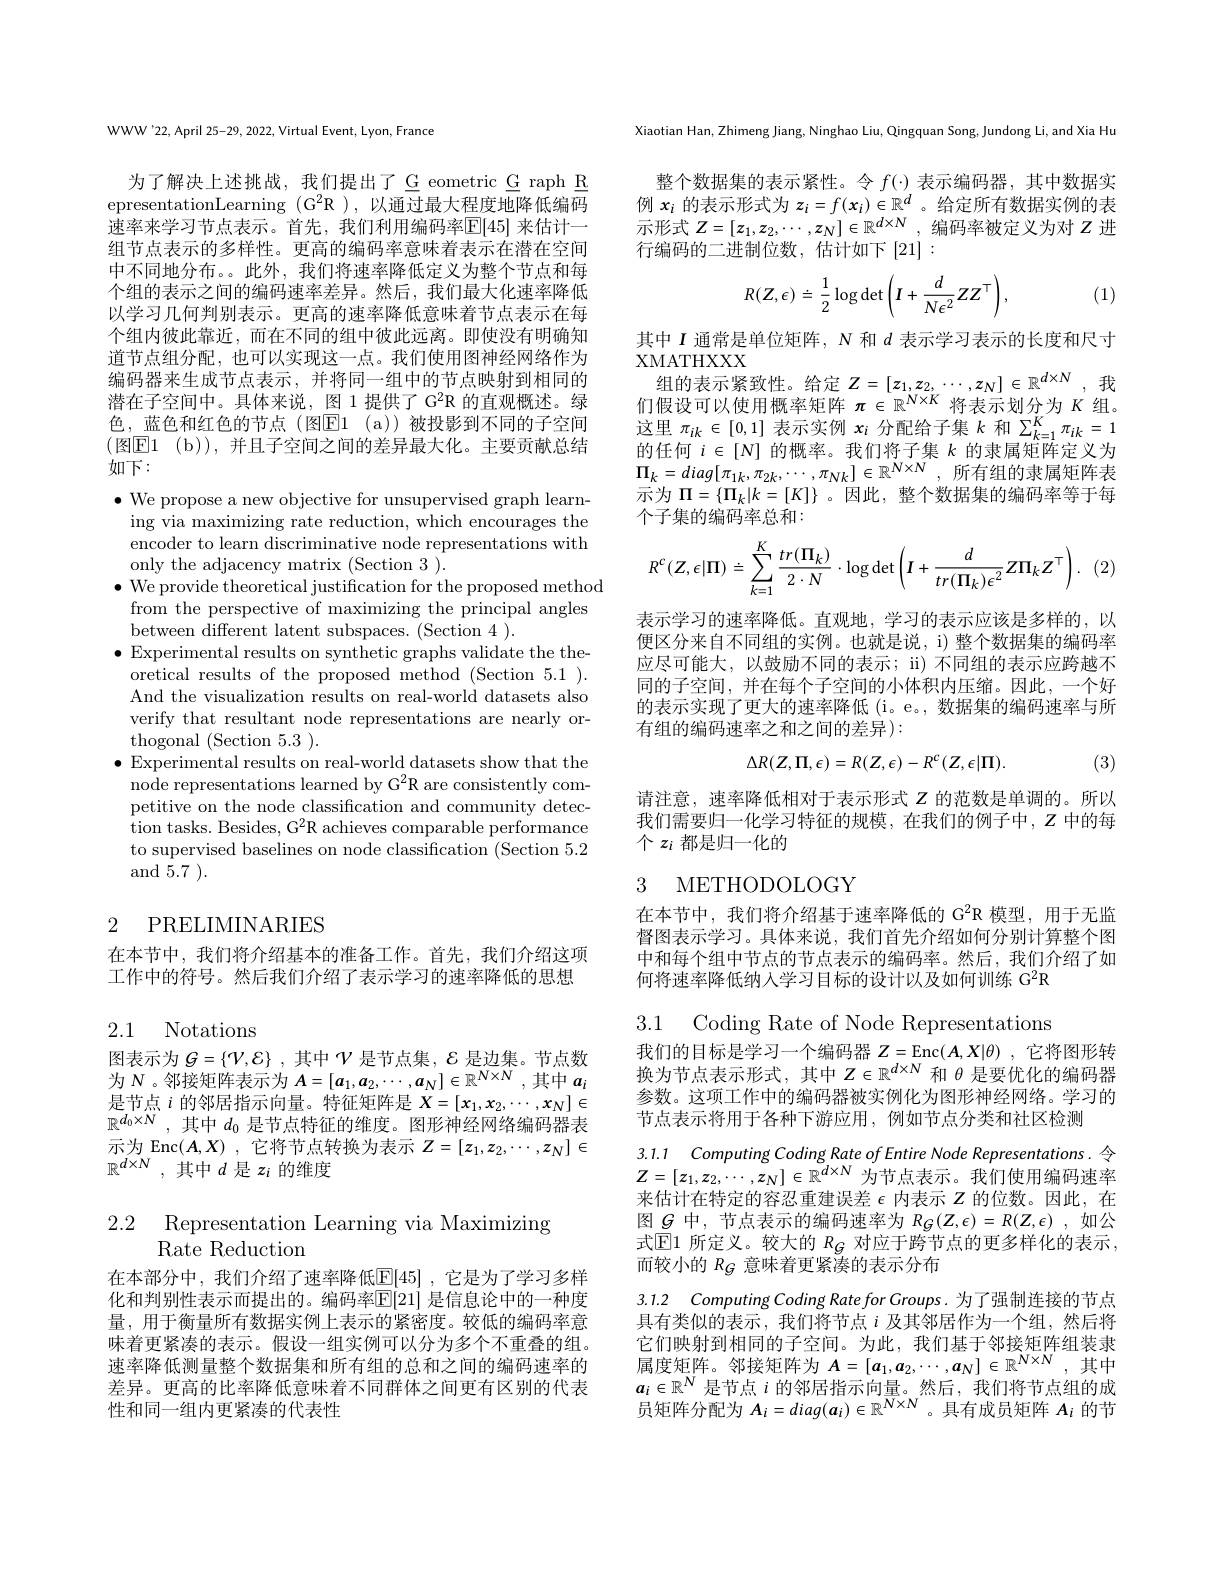
WWW'22,April 25-29, 2022, Virtual Event, Lyon, France

为了解决上述挑战，我们提出了Geometric G raph R epresentationLearning $(G^2$R ),以通过最大程度地降低编码速率来学习节点表示。首先，我们利用编码率$\mathbb{E}[45]$ 来估计一组节点表示的多样性。更高的编码率意味着表示在潜在空间中不同地分布。。此外，我们将速率降低定义为整个节点和每个组的表示之间的编码速率差异。然后，我们最大化速率降低以学习几何判别表示。更高的速率降低意味着节点表示在每个组内彼此靠近，而在不同的组中彼此远离。即使没有明确知道节点组分配，也可以实现这一点。我们使用图神经网络作为编码器来生成节点表示，并将同一组中的节点映射到相同的潜在子空间中。具体来说，图 1 提供了 G$^2$R 的直观概述。绿色，蓝色和红色的节点(图$\overline {\mathrm{E} }1$ ( a) )被投影到不同的子空间(图E1 (b)),并且子空间之间的差异最大化。主要贡献总结如下：

$\bullet$ We propose a new objective for unsupervised graph learn-
ing via maximizing rate reduction, which encourages the encoder to learn discriminative node representations with only the adjacency matrix (Section 3 ).
$\bullet$ We provide theoretical justification for the proposed method
from the perspective of maximizing the principal angles
between different latent subspaces. (Section 4 ).
$\bullet$ Experimental results on synthetic graphs validate the the-
oretical results of the proposed method (Section 5.1 ). And the visualization results on real-world datasets also verify that resultant node representations are nearly orthogonal (Section 5.3 ).
$\bullet$ Experimental results on real-world datasets show that the
node representations learned by G$^2$R are consistently competitive on the node classification and community detection tasks. Besides, G$^2$R achieves comparable performance to supervised baselines on node classification (Section 5.2 and 5.7 ).

## 2 PRELIMINARIES

在本节中，我们将介绍基本的准备工作。首先，我们介绍这项工作中的符号。然后我们介绍了表示学习的速率降低的思想

2.1 Notations

图 表 示 为 $G= \{ \mathcal{V} , \mathcal{E} \}$ , 其 中 $\mathcal{V}$ 是 节 点 集 , $\mathcal{E}$ 是 边 集 。节 点 数 为 $N$ 。邻 接 矩 阵 表 示 为 $A= [ a_{1}, a_{2}, \cdots , a_{N}] \in \mathbb{R} ^{N\times N}$,其 中 $a_{i}$ $\begin{array}{l}\text{是节点 }i\text{ 的邻居指示向量。特征矩阵是 }X=[x_1,x_2,\cdots,x_N]\in\\\mathbb{R}^{d_0\times N},\text{ 其中 }d_0\text{ 是节点特征的维度。图形神经网络编码器表}\end{array}$ 示 为 Enc$( A, X)$ , 它 将 节 点 转 换 为 表 示 $Z= [ z_{1}, z_{2}, \cdots , z_{N}] \in$ $\mathbb{R} ^{d\times N}$ , 其 中 $d$ 是 $z_{i}$ 的 维 度

2.2 Representation Learning via Maximizing
Rate Reduction

在本部分中，我们介绍了速率降低$\overline{\mathbb{E}}[45]$ ,它是为了学习多样化和判别性表示而提出的。编码率$\mathbb{E}[21]$ 是信息论中的一种度量，用于衡量所有数据实例上表示的紧密度。较低的编码率意味着更紧凑的表示。假设一组实例可以分为多个不重叠的组。速率降低测量整个数据集和所有组的总和之间的编码速率的差异。更高的比率降低意味着不同群体之间更有区别的代表性和同一组内更紧凑的代表性

Xiaotian Han, Zhimeng Jiang, Ninghao Liu, Qingquan Song, Jundong Li, and Xia Hu

整个数据集的表示紧性。令$f(\cdot)$表示编码器，其中数据实例 $x_{i}$ 的 表 示 形 式 为 $z_{i}= f( x_{i}) \in \mathbb{R} ^{d}$。给 定 所 有 数 据 实 例 的 表 示 形 式 $Z= [ z_{1}, z_{2}, \cdots , z_{N}] \in \mathbb{R} ^{d\times N}$, 编 码 率 被 定 义 为 对 $Z$ 进行编码的二进制位数，估计如下[21]:
$$R(Z,\epsilon)\doteq\frac{1}{2}\log\det\left(I+\frac{d}{N\epsilon^{2}}ZZ^{\top}\right),$$
(1)

其中$I$通常是单位矩阵，$N$和$d$表示学习表示的长度和尺寸
XMATHXXX
$\begin{array}{c}\text{组的表示紧致性。给定 }Z=[z_1,z_2,\cdots,z_N]\in\mathbb{R}^{d\times N},&\text{我}\\\text{们假设可以使用概率矩阵}\pi\in\mathbb{R}^{N\times K}\text{将表示划分为}K&\text{组。}\end{array}$

这里$\pi_ik\in[0,1]$表示实例$x_i$分配给子集$k$和$\sum_k=1^K\pi_{ik}=1$ 的 任 何 $i\in [ N]$ 的 概 率 。我 们 将 子 集 $k$ 的 隶 属 矩 阵 定 义 为 $\Pi _{k}= diag[ \pi _{1k}, \pi _{2k}, \cdots , \pi _{Nk}] \in \mathbb{R} ^{N\times N}$,所 有 组 的 隶 属 矩 阵 表 一 一 $u_{1}- v_{2}- ( w_{1}- w_{2}) + w_{2}- w_{2}- w_{2}- w_{2}- w_{2}- w_{2}- w_{2}- w_{2}- w_{2}- w_{2}- w_{2}- w_{2}- w_{2}- w_{2}- w_{2}- w_{2}- w_{2}w_{2}- w_{2}- w_{2}- w$ 示为$\Pi=\{\Pi_{k}|k=[K]\}$ 。因此，整个数据集的编码率等于每个子集的编码率总和：
$$R^c(Z,\epsilon|\Pi)\doteq\sum\limits_{k=1}^K\frac{tr(\Pi_k)}{2\cdot N}\cdot\log\det\left(I+\frac{d}{tr(\Pi_k)\epsilon^2}Z\Pi_kZ^\top\right).$$
(2

表示学习的速率降低。直观地，学习的表示应该是多样的，以便区分来自不同组的实例。也就是说，i) 整个数据集的编码率应尽可能大，以鼓励不同的表示；ii) 不同组的表示应跨越不同的子空间，并在每个子空间的小体积内压缩。因此，一个好的表示实现了更大的速率降低 (i。e。, 数据集的编码速率与所有组的编码速率之和之间的差异):
$$\Delta R(Z,\Pi,\epsilon)=R(Z,\epsilon)-R^{c}(Z,\epsilon|\Pi).$$
(3)

请注意，速率降低相对于表示形式$Z$的范数是单调的。所以我们需要归一化学习特征的规模，在我们的例子中，$Z$中的每个$z_i$都是归一化的

# 3 METHODOLOGY

在本节中，我们将介绍基于速率降低的 G$^{2}$R 模型，用于无监督图表示学习。具体来说，我们首先介绍如何分别计算整个图中和每个组中节点的节点表示的编码率。然后，我们介绍了如何将速率降低纳人学习目标的设计以及如何训练 G$^{2}$R

3.1 Coding Rate of Node Representations

我们的目标是学习一个编码器$Z=\operatorname{Enc}(\boldsymbol{A},\boldsymbol{X}|\theta)$ ,它将图形转换为节点表示形式，其中$Z\in\mathbb{R}^{d\times N}$和$\theta$是要优化的编码器参数。这项工作中的编码器被实例化为图形神经网络。学习的节点表示将用于各种下游应用，例如节点分类和社区检测

3.1.1 Computing Coding Rate of Entire Node Representations. 令$Z=[z_{1},z_{2},\cdots,z_{N}]\in\mathbb{R}^{d\times N}$为节点表示。我们使用编码速率来估计在特定的容忍重建误差$\epsilon$内表示$Z$的位数。因此，在图$g$中，节点表示的编码速率为$R_G(Z,\epsilon)=R(Z,\epsilon)$如公式 $\boxed{\mathrm{E} 1\text{ 所 定 义 。较 大 的 }R_G\text{ 对 应 于 跨 节 点 的 更 多 样 化 的 表 示 , }}$ 式 $\boxed{\mathrm{E} 1\text{ 所 定 义 。较 大 的 }R_G\text{ 对 应 于 跨 节 点 的 更 多 样 化 的 表 示 , }}$ 而较小的$R_{G}$意味着更紧凑的表示分布

3.1.2 Computing Coding Rate for Groups. 为了强制连接的节点具有类似的表示，我们将节点$i$及其邻居作为一个组，然后将它们映射到相同的子空间。为此，我们基于邻接矩阵组装隶$a_i\in\mathbb{R}^N$是节点$i$的邻居指示向量。然后，我们将节点组的成员矩阵分配为$A_i=diag(\boldsymbol{a}_i)\in\mathbb{R}^{N\times N}$ 。具有成员矩阵$A_i$的节